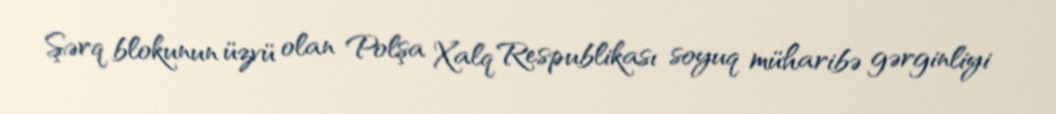
Şərq blokunun üzvü olan Polşa Xalq Respublikası soyuq müharibə gərginliyi